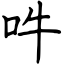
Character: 吽